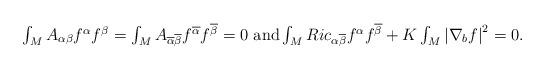
LaTeX: \begin{align*}\begin{array}[c]{c}\int_{M}A_{\alpha\beta}f^{\alpha}f^{\beta}=\int_{M}A_{\overline{\alpha}\overline{\beta}}f^{\overline{\alpha}}f^{\overline{\beta}}=0\text{\ }\mathrm{and}\int_{M}Ric_{\alpha\overline{\beta}}f^{\alpha}f^{\overline{\beta}}+K\int_{M}\left\vert \nabla_{b}f\right\vert ^{2}=0.\end{array}\end{align*}